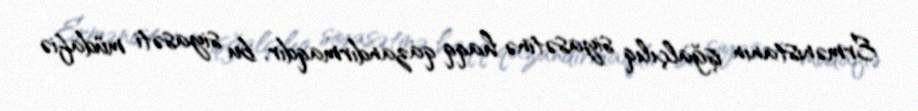
Ermənistanın işğalçılıq siyasətinə haqq qazandırmaqdır, bu siyasəti müdafiə